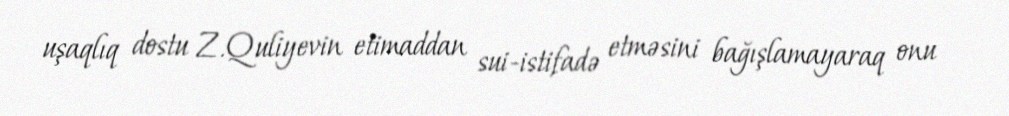
uşaqlıq dostu Z.Quliyevin etimaddan sui-istifadə etməsini bağışlamayaraq onu